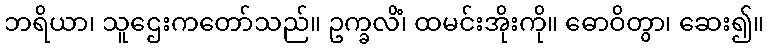
ဘရိယာ၊ သူဌေးကတော်သည်။ ဥက္ခလိံ၊ ထမင်းအိုးကို။ ဓောဝိတွာ၊ ဆေး၍။